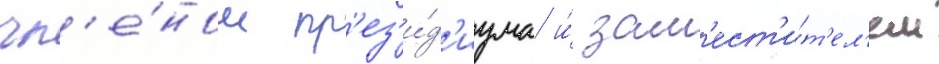
чл'е́ном пр'ез'и́д'иума и́ зам'ест'и́т'ел'ем